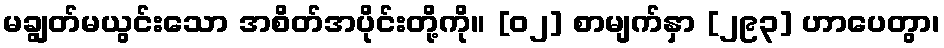
မချွတ်မယွင်းသော အစိတ်အပိုင်းတို့ကို။ [၀၂] စာမျက်နှာ [၂၉၃] ဟာပေတွာ၊